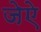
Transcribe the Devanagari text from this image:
जेऐ